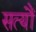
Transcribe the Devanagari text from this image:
सत्यौं